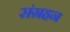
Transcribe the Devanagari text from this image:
संग्रहन